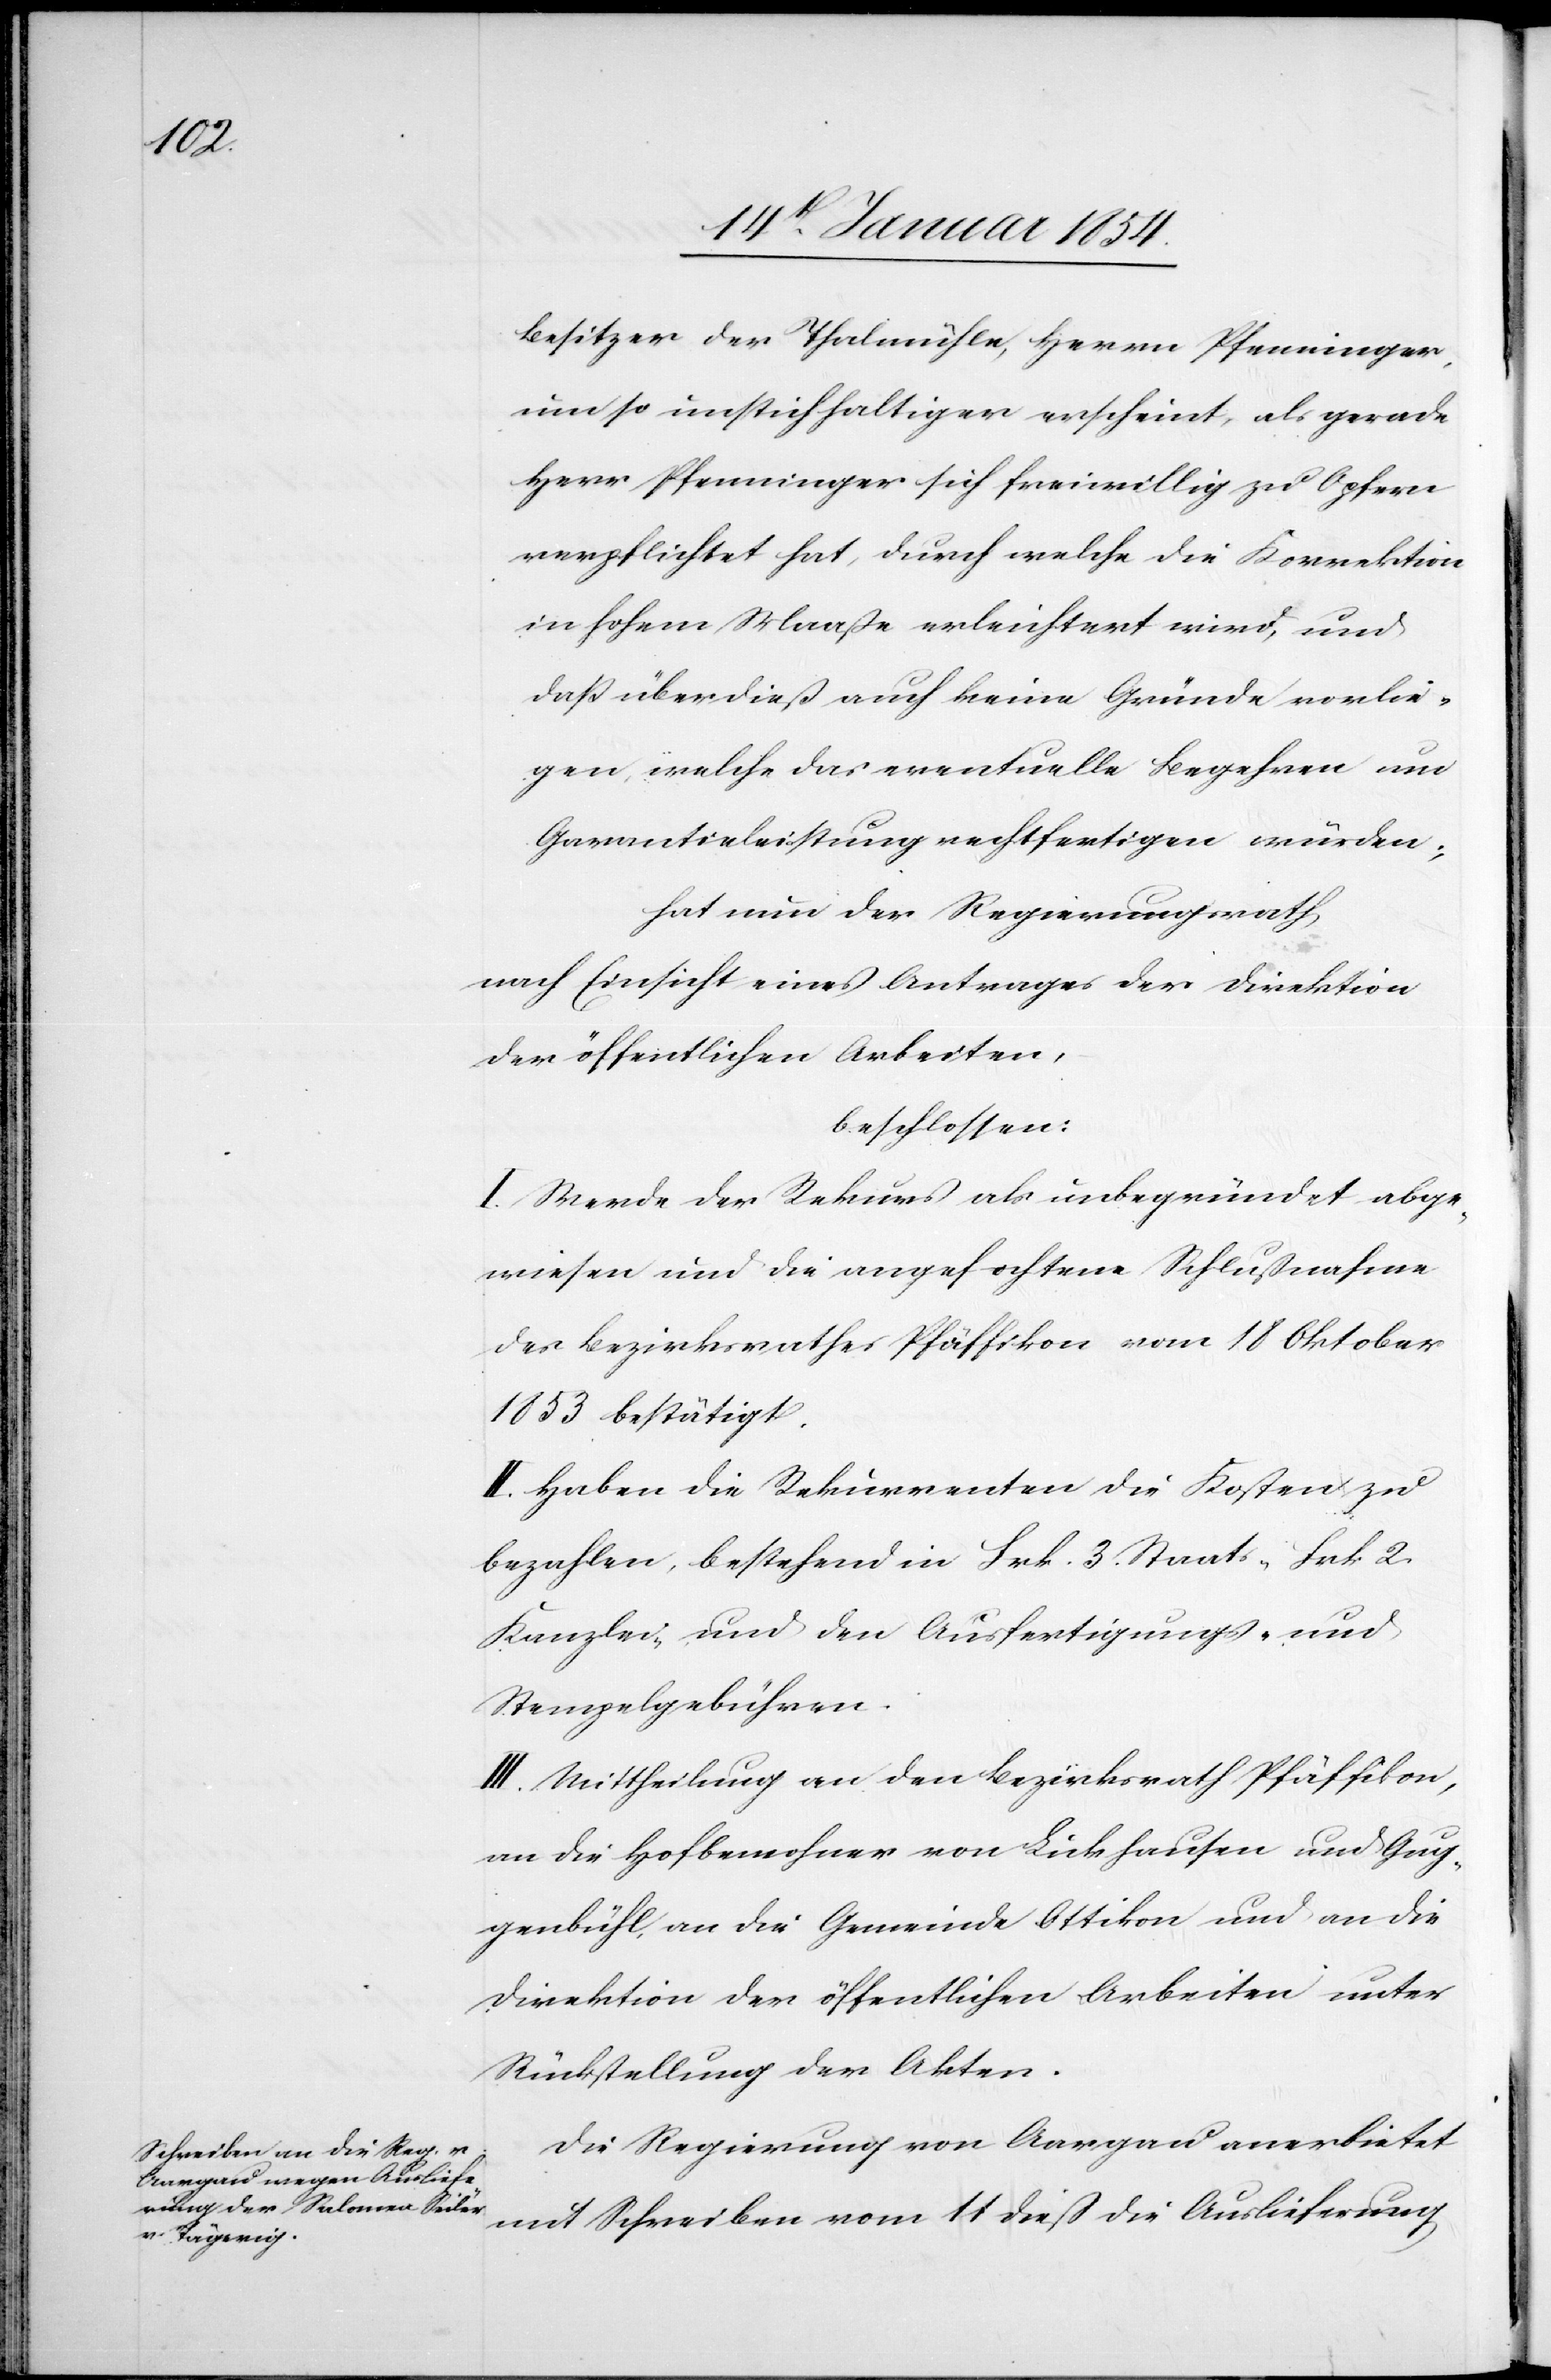
Besitzer der Thalmühle, Herrn Pfenninger,
um so unstichhaltiger erscheint, als gerade
Herr Pfenninger sich freiwillig zu Opfern
verpflichtet hat, durch welche die Korrektion
in hohem Maaße erleichtert wird, und
daß überdieß auch keine Gründe vorlie¬
genden, welche das eventuelle Begehren um
Garantieleistung rechtfertigen würden;
hat nun der Regierungsrath,
nach Einsicht eines Antrages der Direktion
der öffentlichen Arbeiten,
beschlossen:
I. Werde der Rekurs als unbegründet abge¬
wiesen und die angefochtene Schlußnahme
des Bezirksrathes Pfäffikon vom 18 Oktober
1853 bestätigt.
II. Haben die Rekurrenten die Kosten zu
bezahlen, bestehend in Frk. 3. Staats-[,] Frk. 2.
Kanzlei-[,] und den Ausfertigungs- und
Stempelgebühren.
III. Mittheilung an den Bezirksrath Pfäffikon,
an die Hofbewohner von Lukhausen und Gug¬
genbühl, an die Gemeinde Ottikon und an die
Direktion der öffentlichen Arbeiten unter
Rückstellung der Akten.
Die Regierung von Aargau anerbietet
mit Schreiben vom 11 dieß die Auslieferung